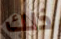
ذلك